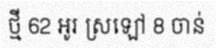
ថ្មី 62 អូរ ស្រឡៅ 8 ចាន់